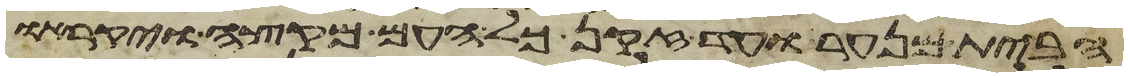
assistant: הבית מנער ועד זקן כל העם מקצה ויקראו